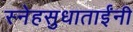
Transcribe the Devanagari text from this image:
स्नेहसुधाताईंनी